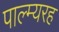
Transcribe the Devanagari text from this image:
पाल्म्यरह